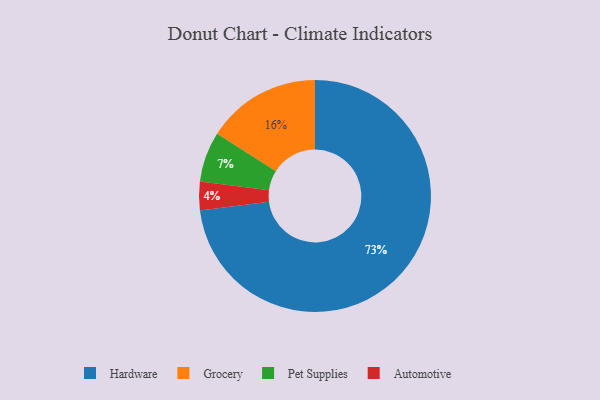
{"axis": {"x": "Category", "y": "Percentage"}, "legend": ["Automotive", "Grocery", "Hardware", "Pet Supplies"], "data": [{"x": "Automotive", "y": 4, "type": "Automotive"}, {"x": "Hardware", "y": 73, "type": "Hardware"}, {"x": "Pet Supplies", "y": 7, "type": "Pet Supplies"}, {"x": "Grocery", "y": 16, "type": "Grocery"}]}